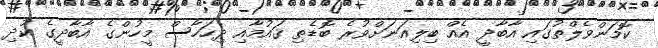
ކޮމަންވެލްތުގައި އާބާދީ އެއް ބިލިއަނަށްވުރެ ބޮޑެތި ޤައުމާއި ދިހަހާސް މީހުންގެ އާބާދީގެ ކުދި